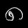
Digit: ၈